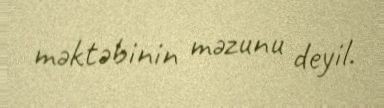
məktəbinin məzunu deyil.